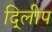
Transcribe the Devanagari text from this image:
दि्लीप